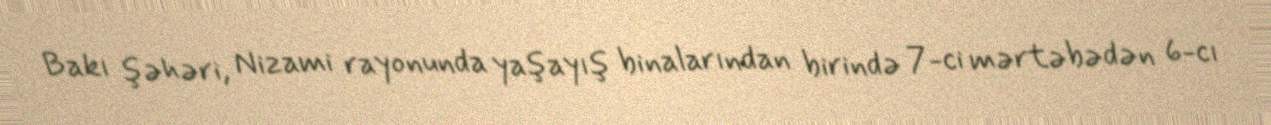
Bakı şəhəri, Nizami rayonunda yaşayış binalarından birində 7-ci mərtəbədən 6-cı